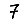
Digit: 7